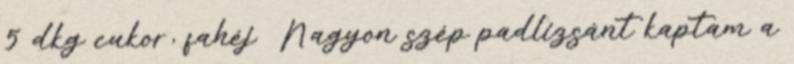
5 dkg cukor, fahéj Nagyon szép padlizsánt kaptam a